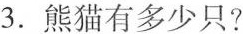
3.熊猫有多少只?